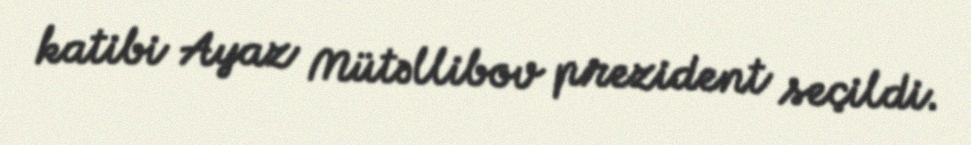
katibi Ayaz Mütəllibov prezident seçildi.